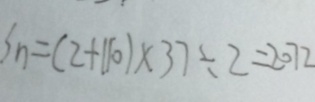
S _ { n } = ( 2 + 1 1 0 ) \times 3 7 \div 2 = 2 0 7 2